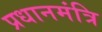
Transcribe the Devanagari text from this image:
प्रधानमंत्रि